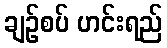
ချဉ်စပ် ဟင်းရည်